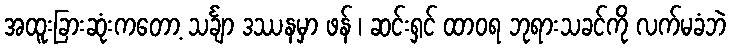
အထူးခြားဆုံးကတော့ သင်္ချာ ဒဿနမှာ ဖန် ၊ ဆင်းရှင် ထာဝရ ဘုရားသခင်ကို လက်မခံဘဲ